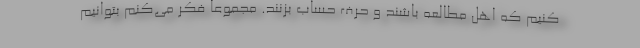
کنیم که اهل مطالعه باشند و حرف حساب بزنند. مجموعا فکر می‌کنم بتوانیم